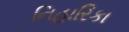
નિહારિકા